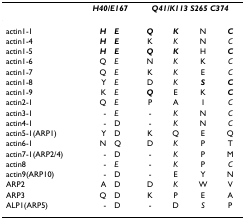
|  | <COLSPAN=2> H40/E167 | <COLSPAN=4> Q41/K113 S265 C374 |
 | --- | --- | --- | --- | --- | --- | --- |
 | actin1-1 | H | E | Q | K | N | C |
 | actin1-4 | H | E | K | K | N | C |
 | actin1-5 | H | E | Q | K | H | C |
 | actin1-6 | Q | E | N | K | K | C |
 | actin1-7 | Q | E | K | K | E | C |
 | actin1-8 | Y | E | D | K | S | C |
 | actin1-9 | K | E | Q | E | K | C |
 | actin2-1 | Q | E | P | A | I | C |
 | actin3-1 | - | E | - | K | N | C |
 | actin4-1 | - | D | - | K | N | C |
 | actin5-1(ARP1) | Y | D | K | Q | E | Q |
 | actin6-1 | N | Q | D | K | P | T |
 | actin7-1(ARP2/4) | - | D | - | K | P | M |
 | actin8 | - | E | - | K | P | C |
 | actin9(ARP10) | - | D | - | E | Y | N |
 | ARP2 | A | D | D | K | W | V |
 | ARP3 | Q | D | K | P | E | A |
 | ALP1(ARP5) | - | D | - | D | S | P |